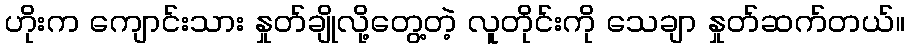
ဟိုးက ကျောင်းသား နှုတ်ချိုလို့တွေ့တဲ့ လူတိုင်းကို သေချာ နှုတ်ဆက်တယ်။